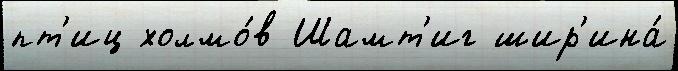
пт'иц холмо́в Шамт'иг шир'ина́